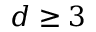
d \ge 3